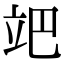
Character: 𥩙